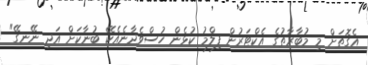
އެގޮތަށް މި މުބާރާތުގެ އެކްޓަރުން ފިލްމު ކުޅެން ހުސްވެދާނެއެކޭ ބުނާކަށް އަދި ނޭނގޭ"